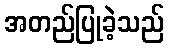
အတည်ပြုခဲ့သည်